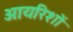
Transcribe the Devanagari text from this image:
आयरिशों